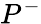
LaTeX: P^{-}